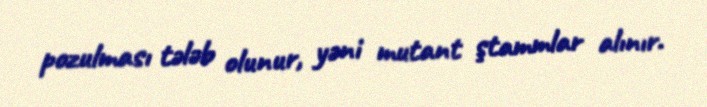
pozulması tələb olunur, yəni mutant ştammlar alınır.